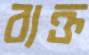
ব্যক্ত